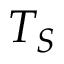
T _ { S }